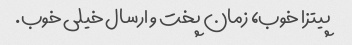
پیتزا خوب، زمان پخت و ارسال خیلی خوب.